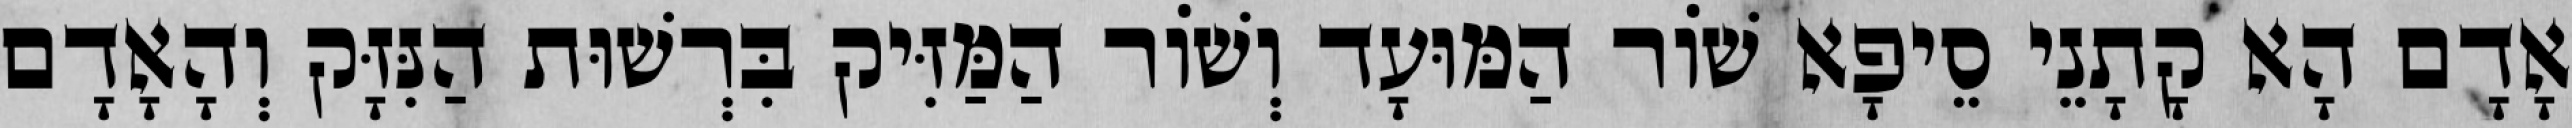
אָדָם הָא קָתָנֵי סֵיפָא שׁוֹר הַמּוּעָד וְשׁוֹר הַמַּזִּיק בִּרְשׁוּת הַנִּזָּק וְהָאָדָם